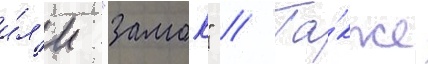
и́л'и "замок" // Та́кже